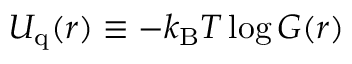
U _ { \mathrm { q } } ( r ) \equiv - k _ { \mathrm { B } } T \log G ( r )